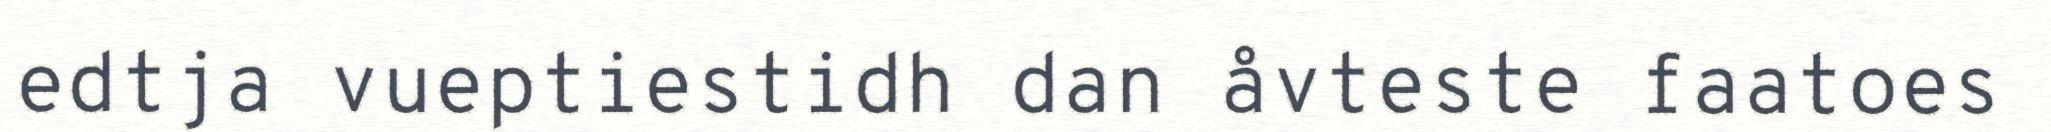
edtja vueptiestidh dan åvteste faatoes